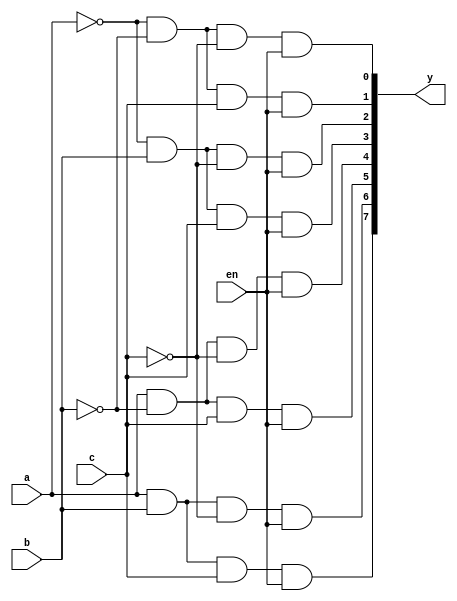
module decoder_3_8_str(a,b,c,y,en);
input a,b,c,en;
output [7:0]y;
wire w1,w2,w3;
not l1(w1,a);
not l2(w2,b);
not l3(w3,c);
and l4(y[0],w1,w2,w3,en);
and l5(y[1],w1,w2,c,en);
and l6(y[2],w1,b,w3,en);
and l7(y[3],w1,b,c,en);
and l8(y[4],a,w2,w3,en);
and l9(y[5],a,w2,c,en);
and l10(y[6],a,b,w3,en);
and l11(y[7],a,b,c,en);
endmodule